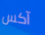
آكس